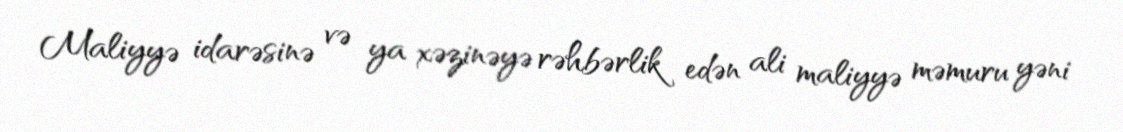
Maliyyə idarəsinə və ya xəzinəyə rəhbərlik edən ali maliyyə məmuru yəni